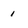
Character: 1